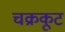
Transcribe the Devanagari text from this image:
चक्रकूट